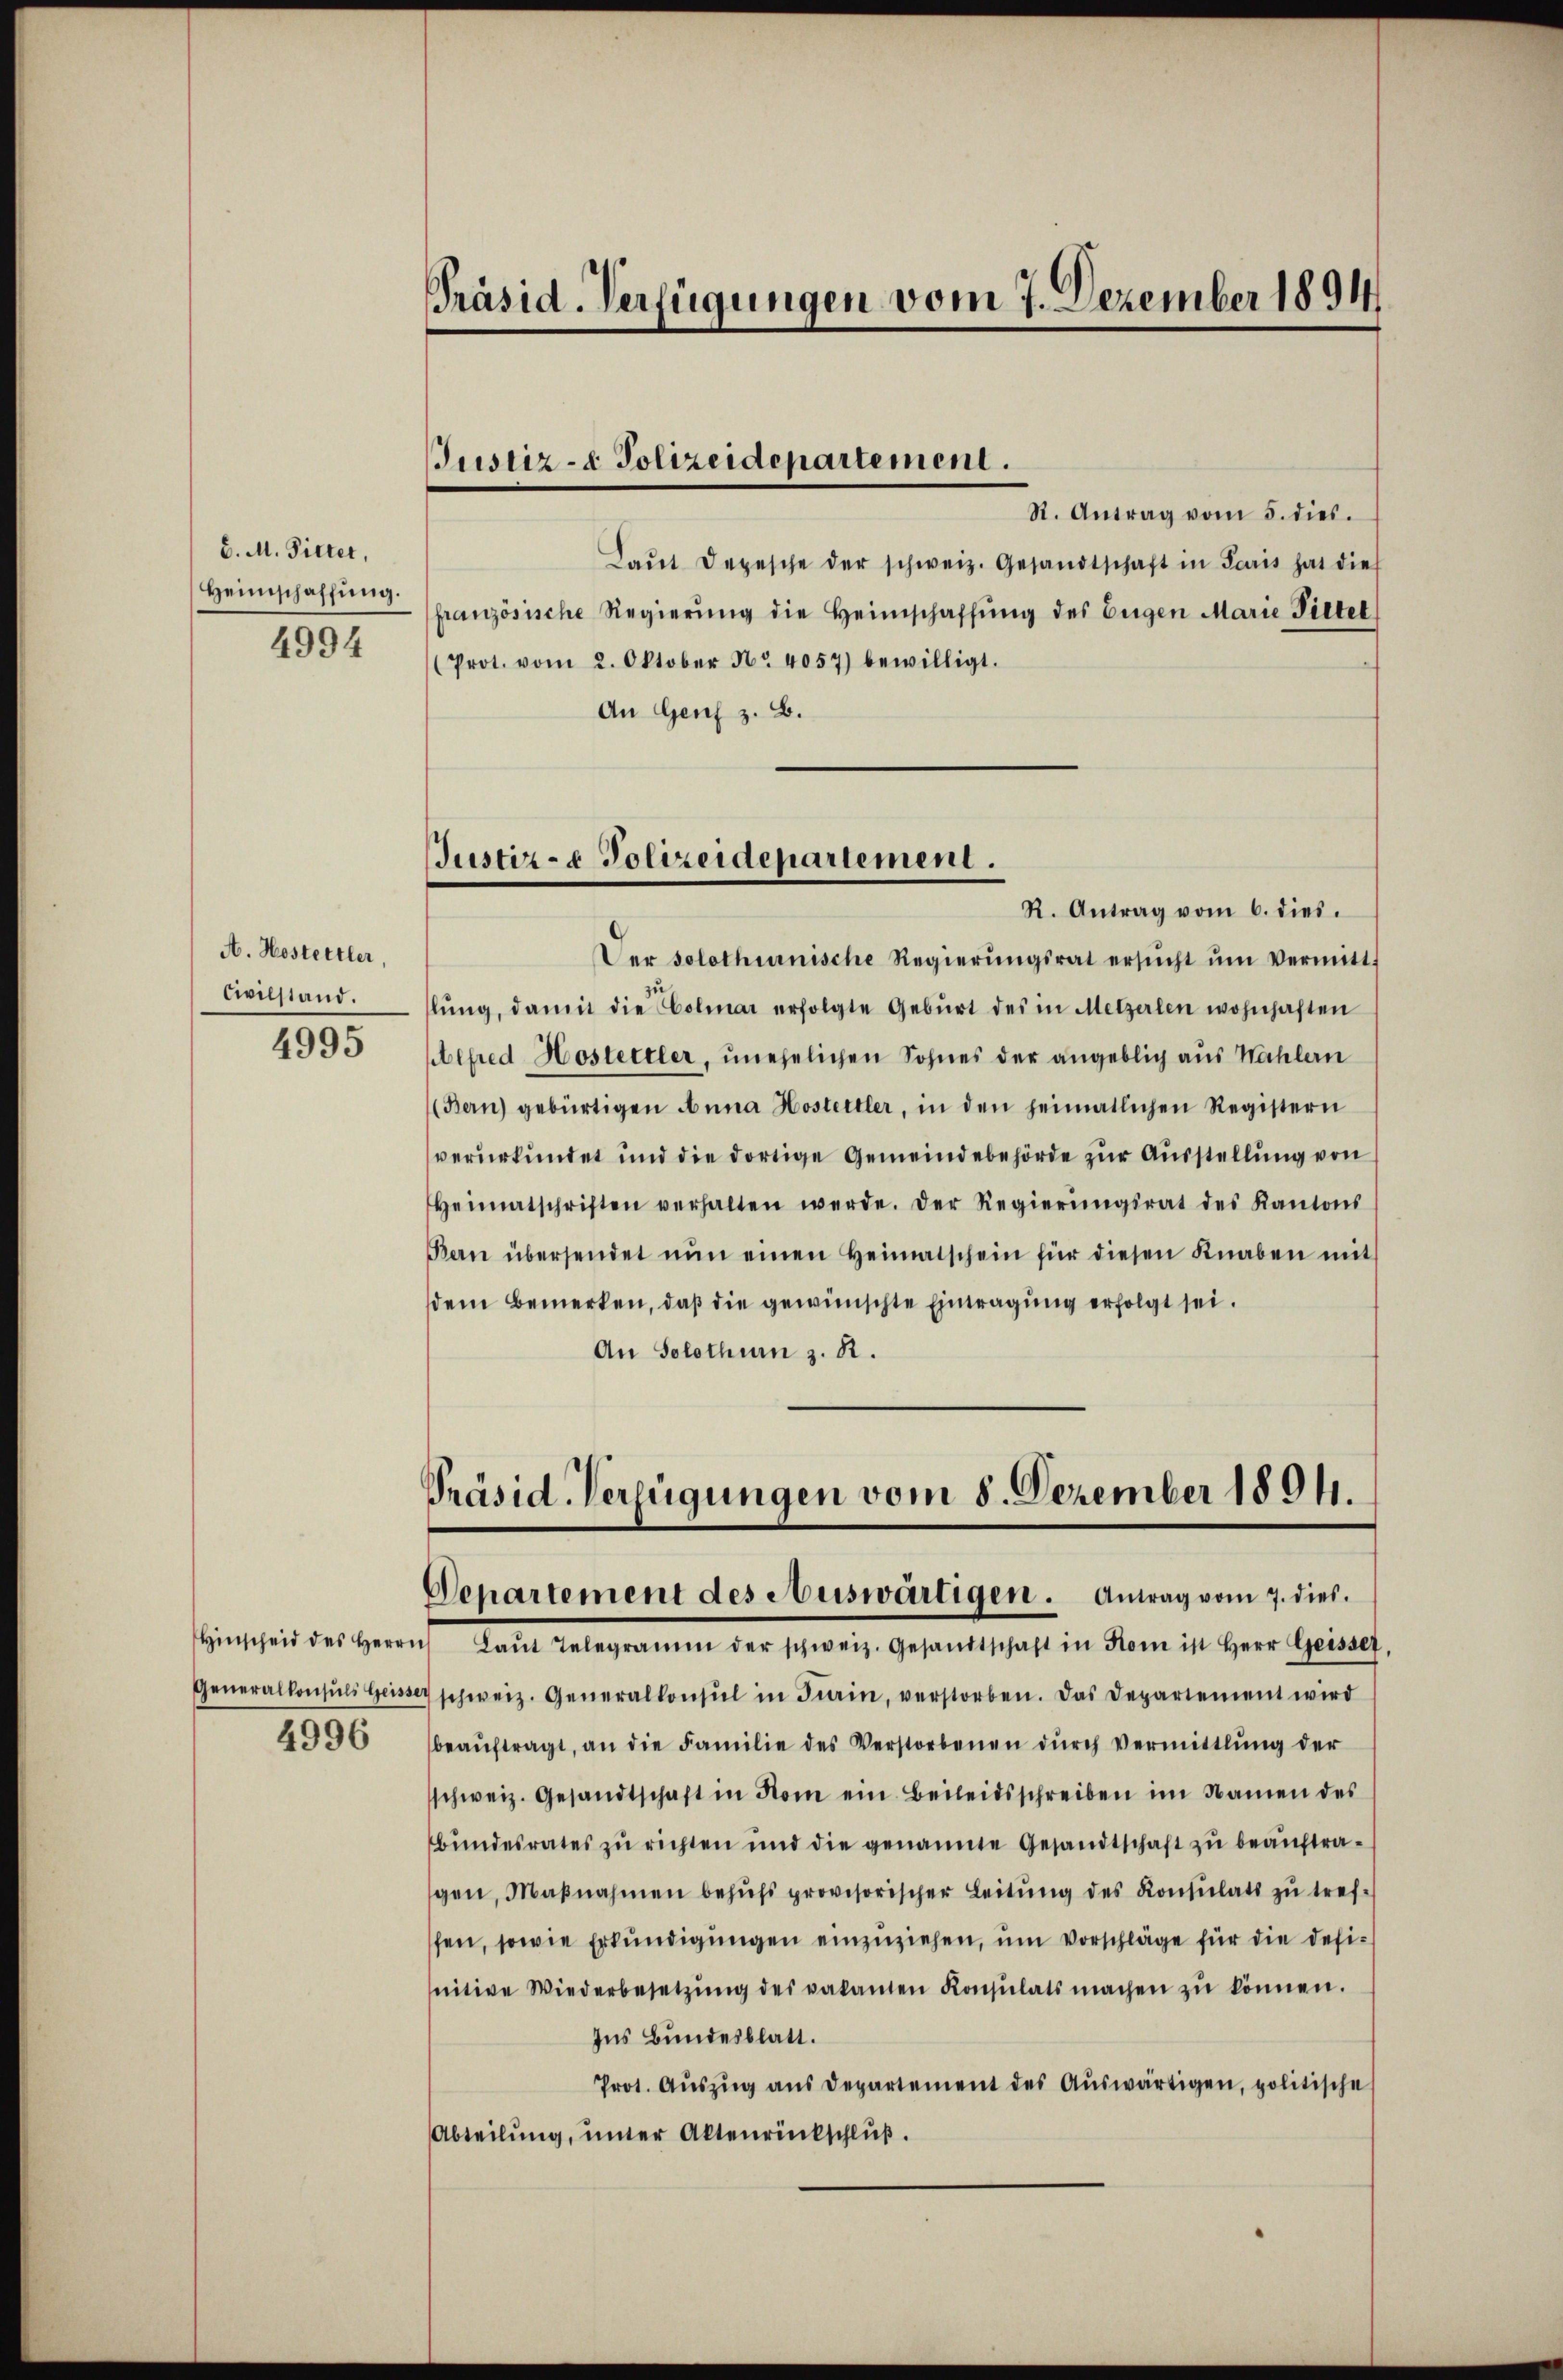
C. M. Pitter,
Heimschaffung.
4994

A. Hostettler,
Civilstand.

4995

4996

Präsid. Verfügungen vom 7. Dezember 1894

Justiz- & Polizeidepartement.

JJustiz- & Polizeidepartement.

R. Antrag vom 5. dies.
Laŭt Depesche der schweiz. Gesandtschaft in Paris hat dies
französische Regierŭng die Heimschaffŭng des Eigen Marie Piltet
(Prot. vom 2. Oktober Nr. 4057) bewilligt.
An Genf z. B.
R. Antrag vom 6. dies.
Der solothurnische Regierŭngsrat ersŭcht ŭm Vermitt
lŭng, damit die Colmar erfolgte Geburt des in Metzerlen wohnhaften
lfred Hostettler, unehelichen Sohnes der angeblich aus Wahlern
Bern) gebürtigen Anna Hostettler, in den heimatlichen Registern
verurkundet und die dortige Gemeindebehörde zur Ausstellung von
Heimatschriften verhalten werde. Der Regierŭngsrat des Kantons
Bern übersendet nŭn einen Heimatschein für diesen Knaben mit
dem Bemerken, daß die gewünschte Eintragung erfolgt sei.
An Solothur z. R.

Präsid-Verfügungen vom 8. Dezember 1894.
Departement des Auswärtigen. Antrag vom 7. dies

Hinscheid des Herrn kein gelegramm der schweiz. Gesandtschaft in Rom in Herr Geissch
Generalkonsuls Geisser schweiz. Generalkonsul in Frain, verstorben. Das Departement wird
beaŭftragt, an die Familie des Verstorbenen dŭrch vermittlung der
schweiz. Gesandtschaft in Rom ein Beileidsschreiben im Namen des
bundesrates zu richten und die genannte Gesandtschaft zu beauftragen, Maβnahmen behŭfs provisorischer Leitŭng des Konsulats zŭ tref-
fen, sowie Erkundigungen einzuziehen, um Vorschläge für die definitive Wiederbesetzŭng des vakanten Konsulats machen zŭ können.
Ins Bundesblatt.
Prot. Aŭszŭg ans Departement des Auswärtigen, politische
Abteilŭng ŭnter Aktenrückschlŭβ.